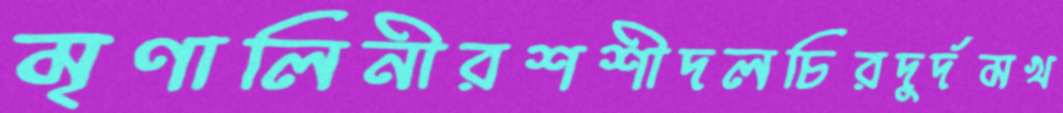
মৃণালিনীরশশীদলচিরদুর্দমখ